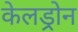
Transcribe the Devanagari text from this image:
केलड्रोन